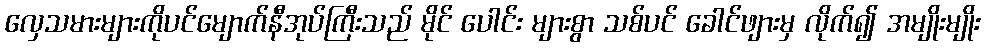
လှေသမားများကိုပင်မျောက်နီအုပ်ကြီးသည် မိုင် ပေါင်း များစွာ သစ်ပင် ခေါင်ဖျားမှ လိုက်၍ အမျိုးမျိုး